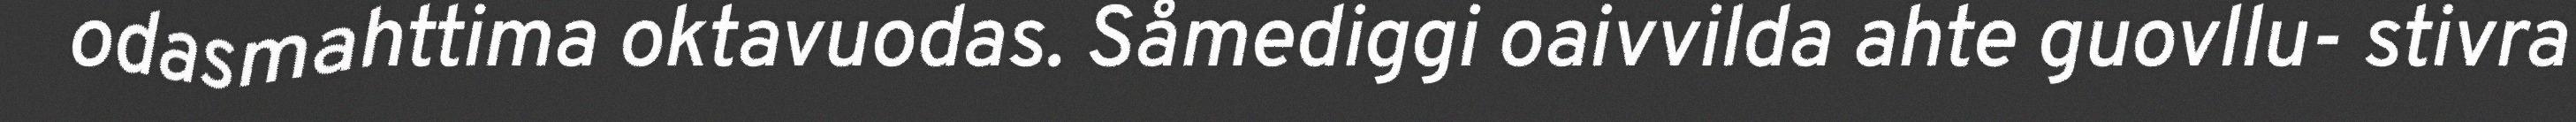
odasmahttima oktavuodas. Såmediggi oaivvilda ahte guovllu- stivra